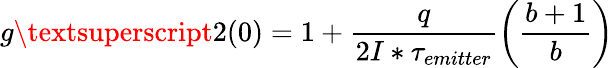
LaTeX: g\textsuperscript{2}(0)=1+\frac{q}{2I*\tau_{emitter}}\left(\frac{b+1}{b}\right)